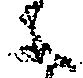
に